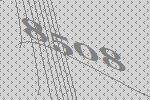
8508